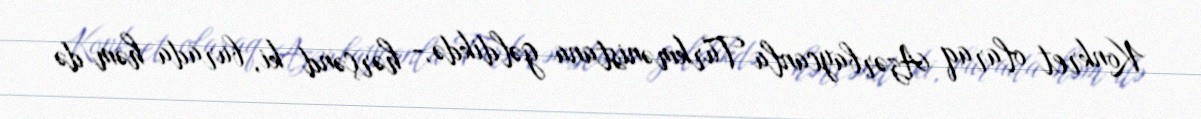
Konkret olaraq Azərbaycanla Türkmənistana gəldikdə,- hərçənd ki, burada həm də